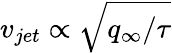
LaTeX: v_{jet}\propto\sqrt{q_{\infty}/\tau}